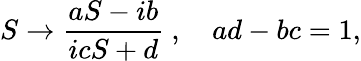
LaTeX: S\rightarrow\frac{aS-ib}{icS+d}\ ,\quad ad-bc=1,